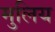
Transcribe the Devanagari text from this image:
मुलिय